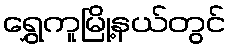
ရွှေကူမြို့နယ်တွင်